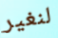
لنغير